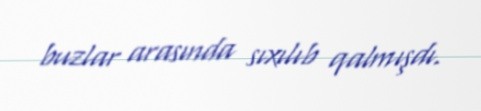
buzlar arasında sıxılıb qalmışdı.